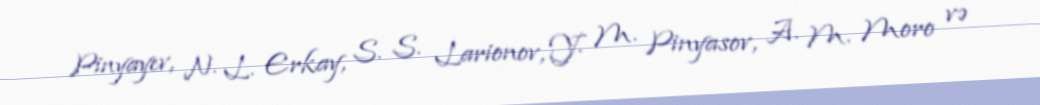
Pinyayev, N. L. Erkay, S. S. Larionov, Y. M. Pinyasov, A. M. Moro və